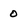
Character: 0